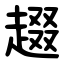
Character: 䞵